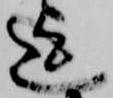
迄